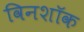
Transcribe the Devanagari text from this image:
विनशॉक